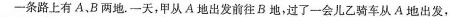
-条路上有A、B两地。一天，甲从A地出发前往B地，过了一会儿乙骑车从A地出发，